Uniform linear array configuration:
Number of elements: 16
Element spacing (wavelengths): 0.75
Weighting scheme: blackman
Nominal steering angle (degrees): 15
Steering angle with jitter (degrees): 16.206
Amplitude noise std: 0.05
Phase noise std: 0.05

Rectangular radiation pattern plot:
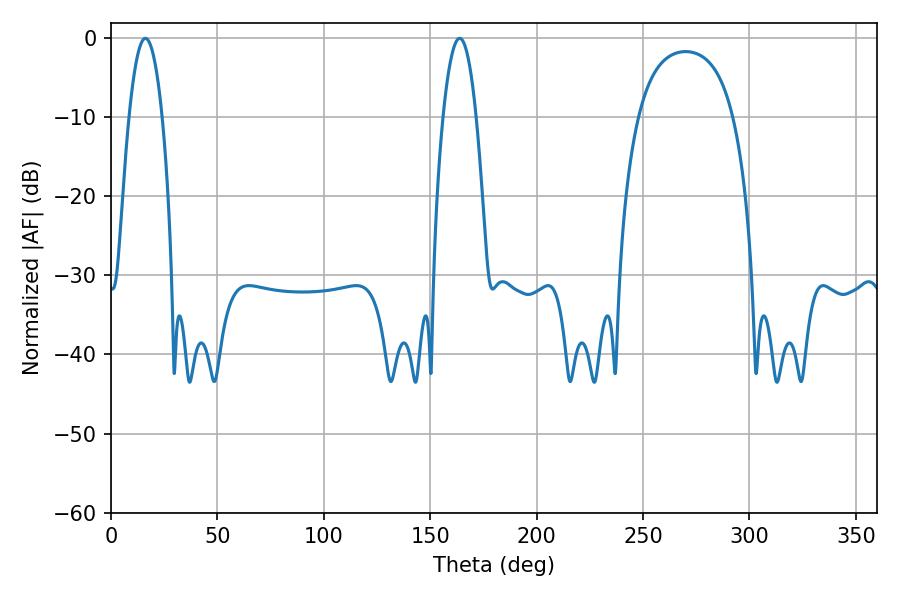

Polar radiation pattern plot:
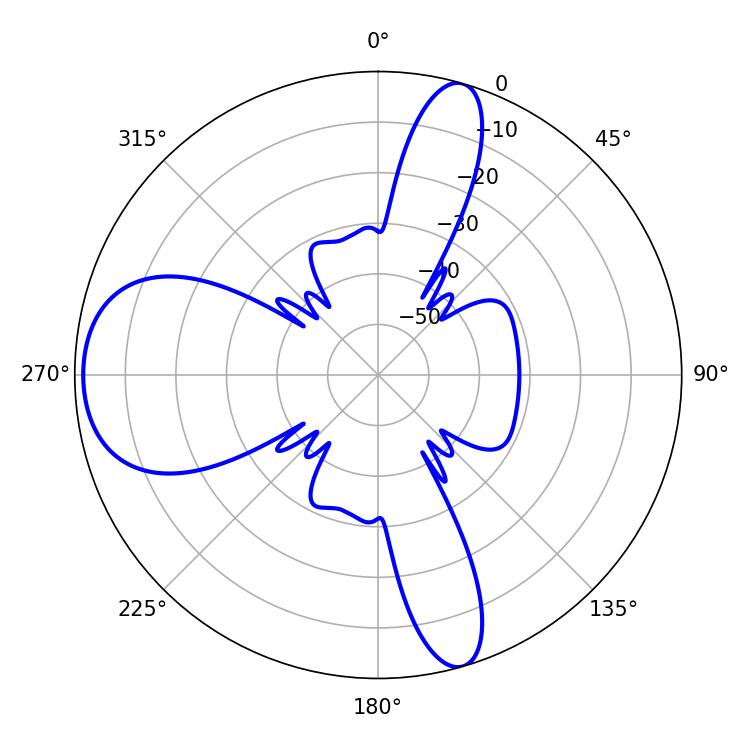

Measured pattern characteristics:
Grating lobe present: TRUE
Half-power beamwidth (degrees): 8.64
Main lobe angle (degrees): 16.2